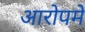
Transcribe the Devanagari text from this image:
आरोपमें